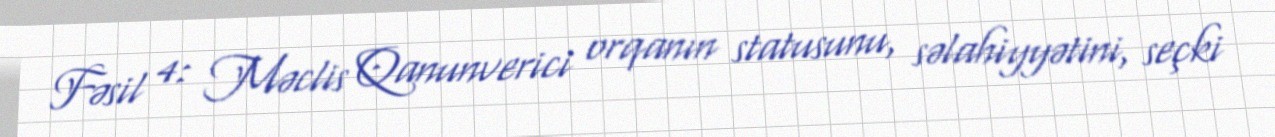
Fəsil 4: Məclis Qanunverici orqanın statusunu, səlahiyyətini, seçki